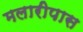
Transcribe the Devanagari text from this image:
मलारीपास